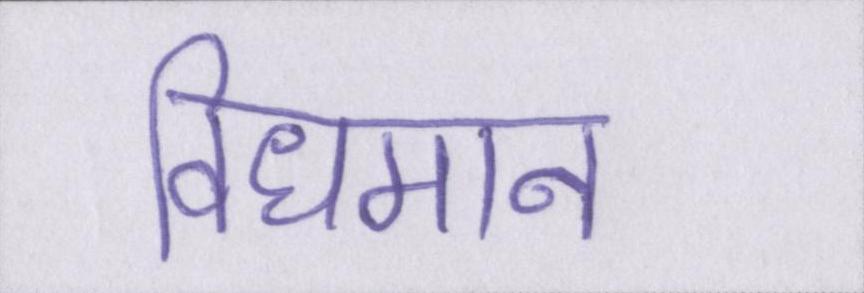
विधमान